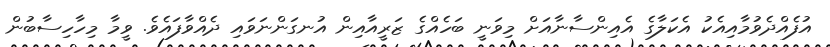
އުފެއްދެވުމާއިއެކު އެކަލާގެ އެއިންސާނާއަށް މިވަނީ ބަހެއްގެ ޒަރީއާއިން އުނގަންނަވައި ދެއްވާފައެވެ. ވީމާ މިހާހިސާބުން